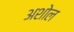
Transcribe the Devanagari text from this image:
अशोल